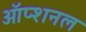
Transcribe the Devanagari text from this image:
ऑप्शनल